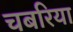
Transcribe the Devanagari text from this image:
चबरिया